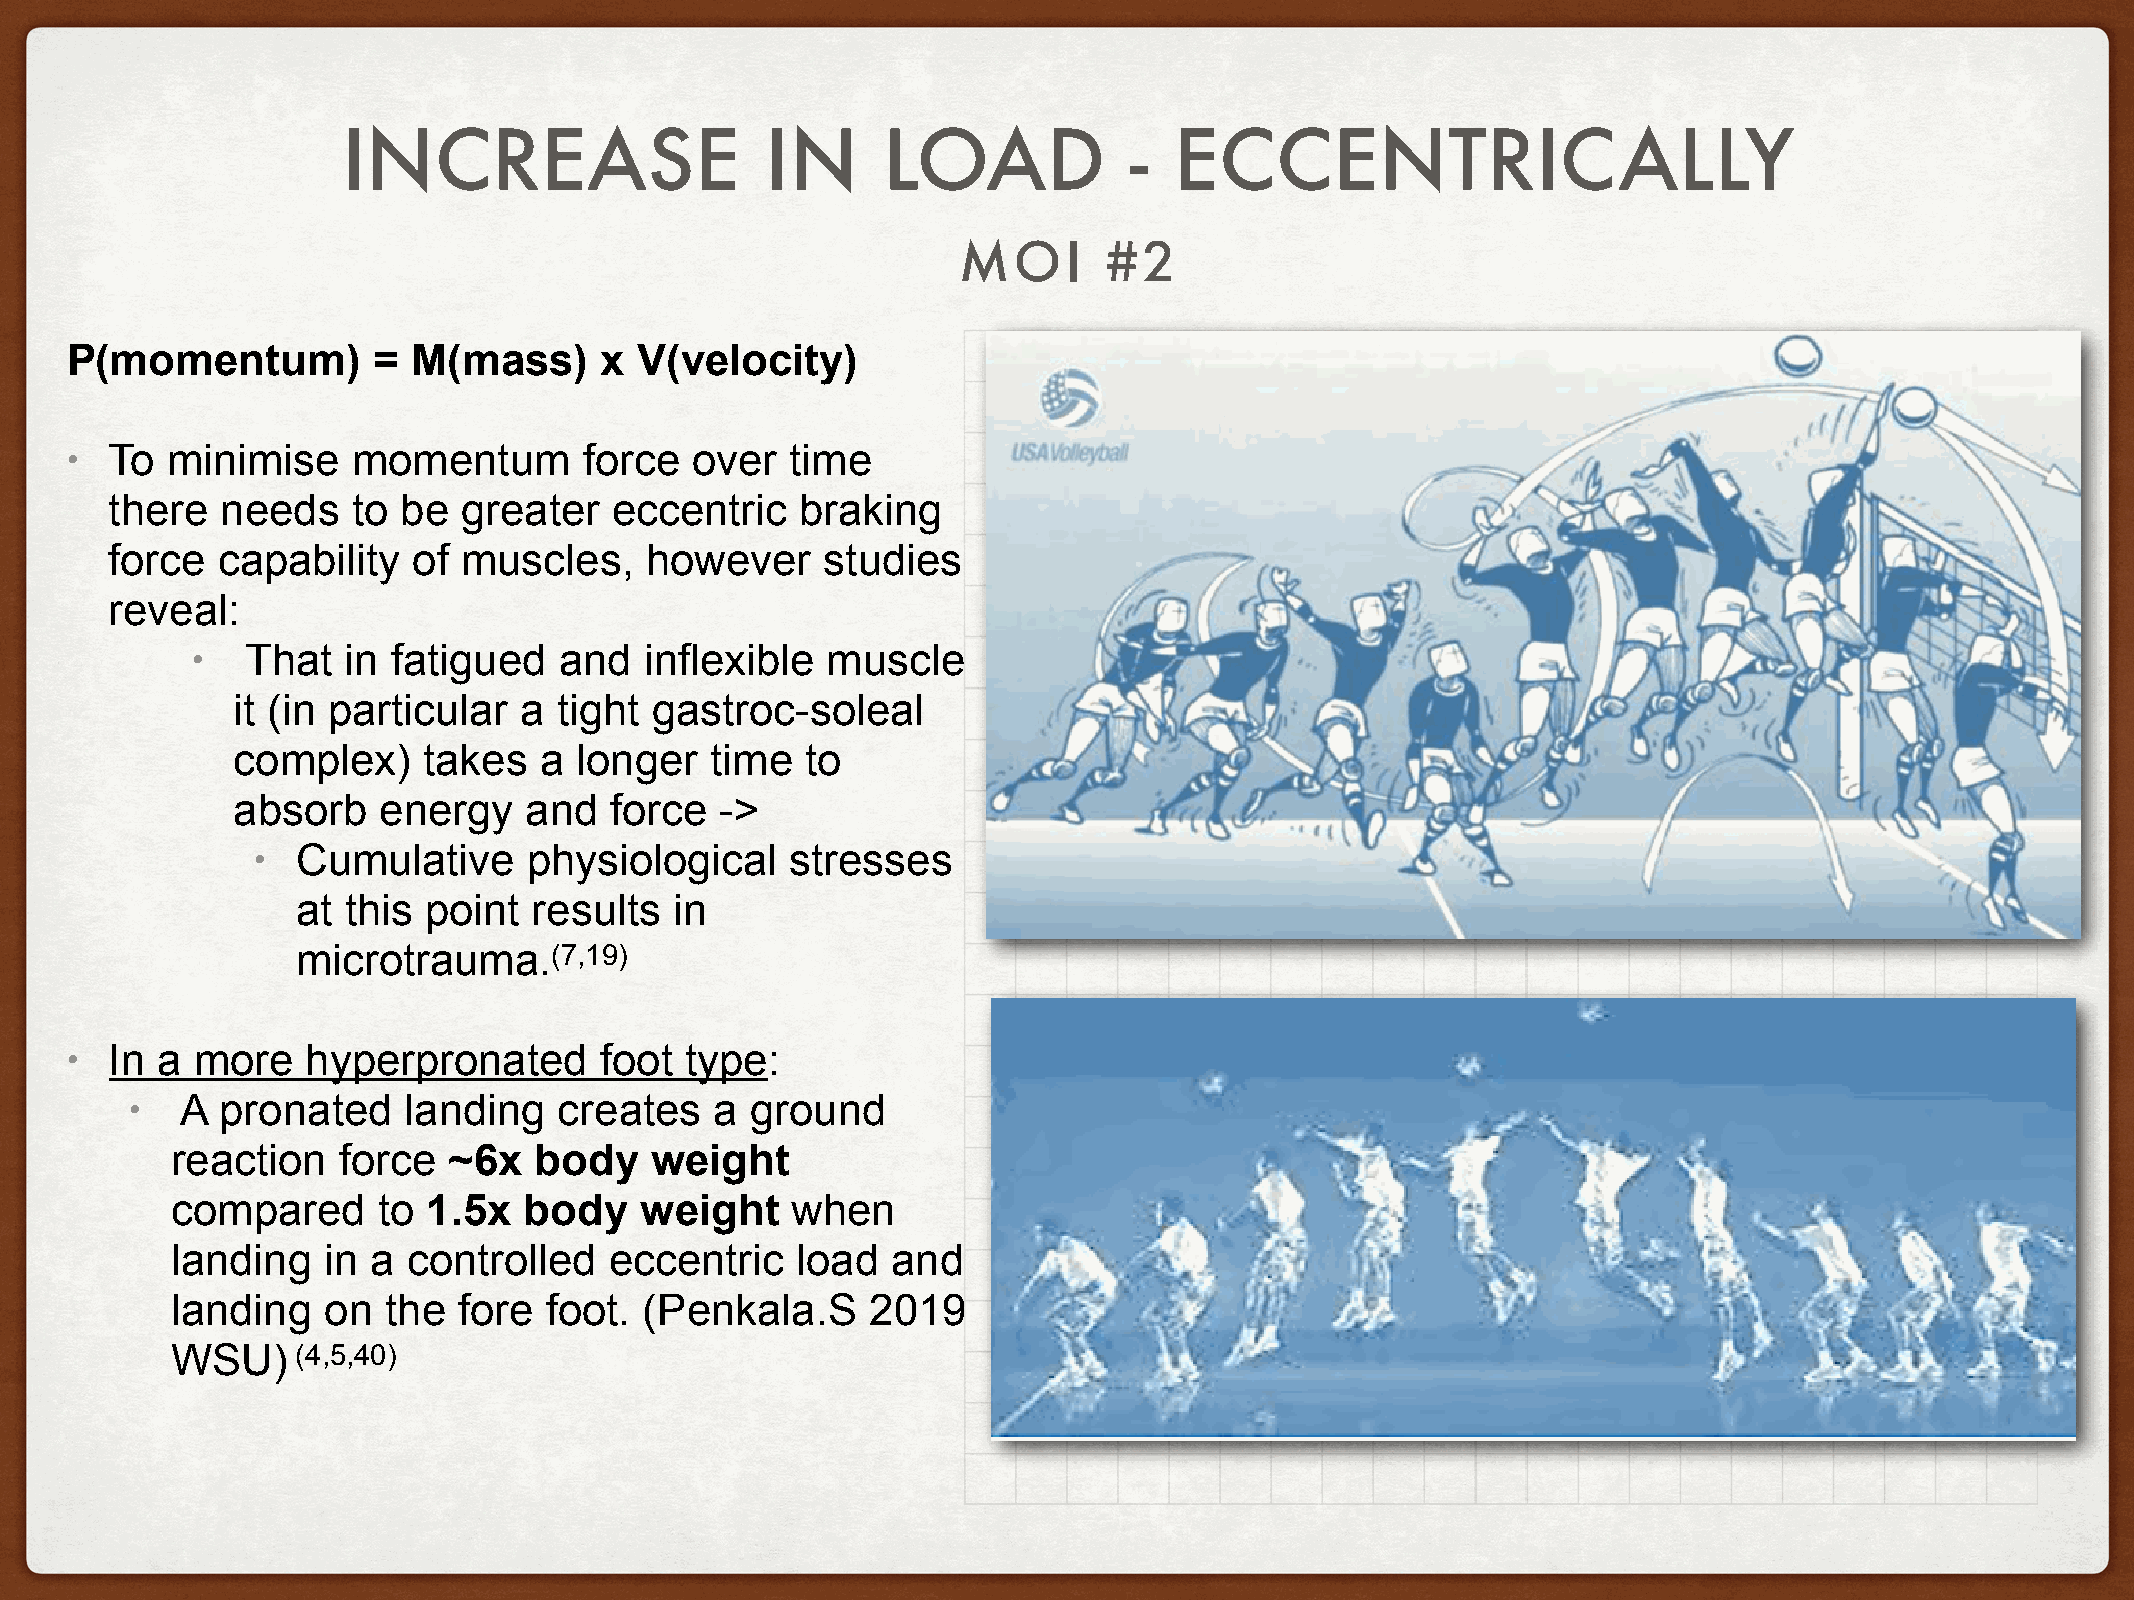
INCREASE                    IN     LOAD             -  ECCENTRICALLY
 MOI       #2
 P(momentum)          = M(mass)      x V(velocity)
 •  To  minimise    momentum        force  over  time
 there   needs   to be   greater   eccentric   braking
 force  capability   of  muscles,    however     studies
 reveal:
 •  That   in fatigued   and   inflexible  muscle
 it (in particular  a  tight gastroc-soleal
 complex)     takes   a longer   time  to
 absorb    energy    and  force   ->
 •  Cumulative     physiological    stresses
 at this point  results   in
 microtrauma.(7,19)
 •  In a  more   hyperpronated       foot type:
 •  A  pronated    landing   creates   a  ground
 reaction   force   ~6x  body    weight
 compared      to 1.5x   body   weight    when
 landing   in  a controlled   eccentric    load  and
 landing   on  the  fore  foot.  (Penkala.S     2019
 WSU)     (4,5,40)